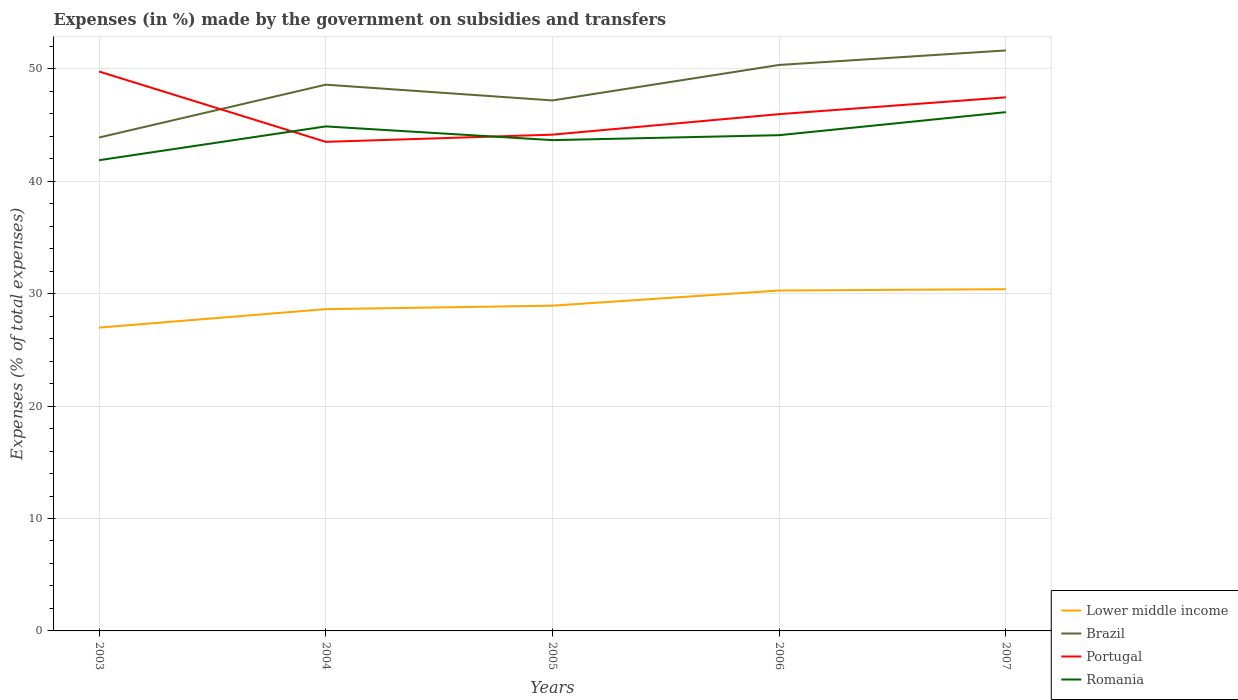
| Years | Lower middle income | Brazil | Portugal | Romania |
 | --- | --- | --- | --- | --- |
 | 2003 | 27 | 43.9 | 49.8 | 41.9 |
 | 2004 | 28.6 | 48.6 | 43.5 | 44.9 |
 | 2005 | 28.9 | 47.2 | 44.1 | 43.7 |
 | 2006 | 30.3 | 50.3 | 46 | 44.1 |
 | 2007 | 30.4 | 51.6 | 47.5 | 46.1 |